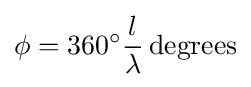
\phi =360^{\circ }{l \over \lambda }\,{\text{degrees}}